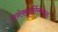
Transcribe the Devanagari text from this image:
अनेकमूर्तिरव्यक्तः